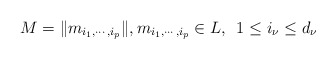
\begin{align*} M=\| m_{i_1,\cdots, i_p}\|, m_{i_1,\cdots, i_p}\in L, \,\,\, 1\leq i_\nu \leq d_\nu \end{align*}